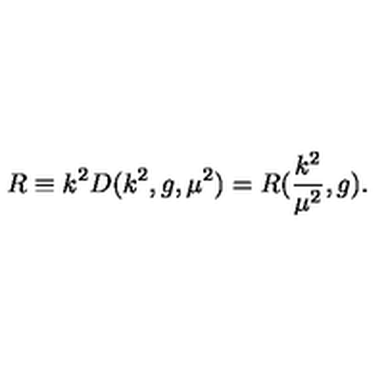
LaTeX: R \equiv k ^ { 2 } D ( k ^ { 2 } , g , { \mu } ^ { 2 } ) = R ( \frac { k ^ { 2 } } { { \mu } ^ { 2 } } , g ) .